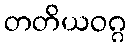
တတိယဝဂ္ဂ